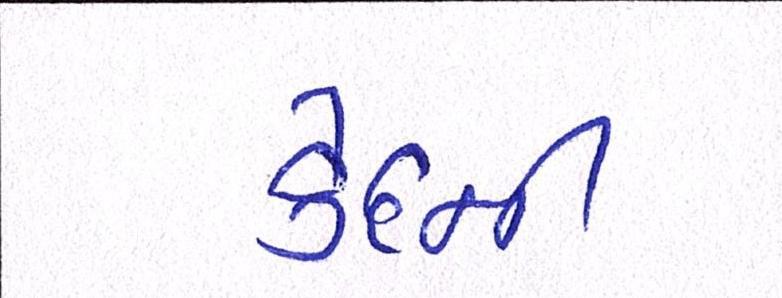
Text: કેદની